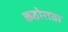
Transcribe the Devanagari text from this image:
कठोराता